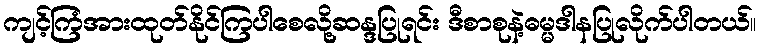
ကျင့်ကြံအားထုတ်နိုင်ကြပါစေလို့ဆန္ဒပြုရင်း ဒီစာစုနဲ့ဓမ္မဒါနပြုလိုက်ပါတယ်။